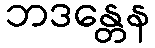
ဘဒန္တေန